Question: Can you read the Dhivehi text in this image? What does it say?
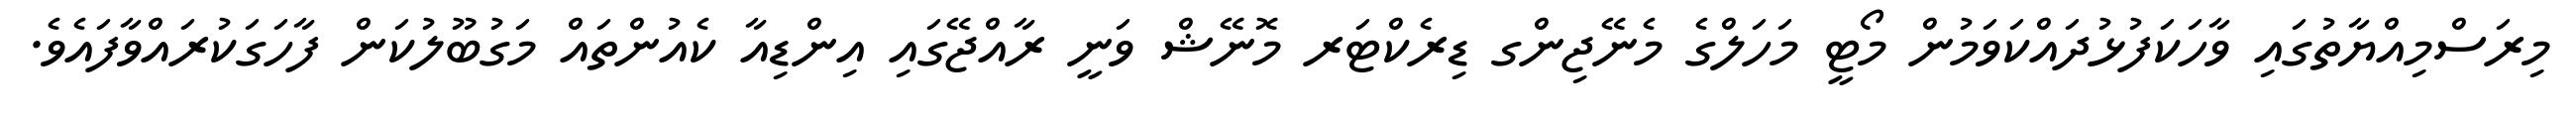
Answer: މިރަސްމިއްޔާތުގައި ވާހަކަފުޅުދައްކަވަމުން މޯޓީ މަހަލްގެ މެނޭޖިންގ ޑިރެކްޓަރ މޮނޭޝް ވަނީ ރާއްޖޭގައި އިންޑިއާ ކެއުންތައް މަގުބޫލުކަން ފާހަގަކުރައްވާފައެވެ.